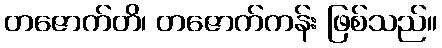
တဇောက်တိ၊ တဇောက်ကန်း ဖြစ်သည်။